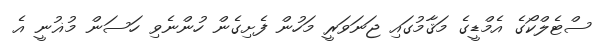
ސްޓެލްކޯގެ އެމްޑީގެ މަޤާމުގައި ޖަނަވަރީ މަހުން ފެށިގެން ހުންނެވި ހަސަން މުޣުނީ އެ